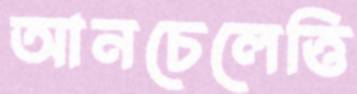
আনচেলেত্তি